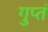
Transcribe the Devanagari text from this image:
गुप्तं